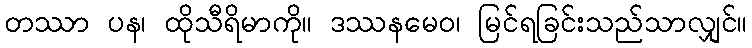
တဿာ ပန၊ ထိုသီရိမာကို။ ဒဿနမေဝ၊ မြင်ရခြင်းသည်သာလျှင်။